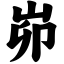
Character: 峁